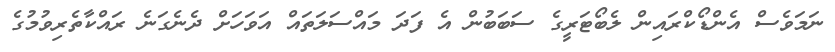
ނަމަވެސް އެންޑޯކްރައިން ލެބޯޓަރީގެ ސަބަބުން އެ ފަދަ މައްސަލަތައް އަވަހަށް ދެނެގަނެ ރައްކާތެރިވުމުގެ